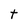
Character: t